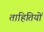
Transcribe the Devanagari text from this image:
ताहितियों